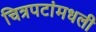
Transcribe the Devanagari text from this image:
चित्रपटांमधली